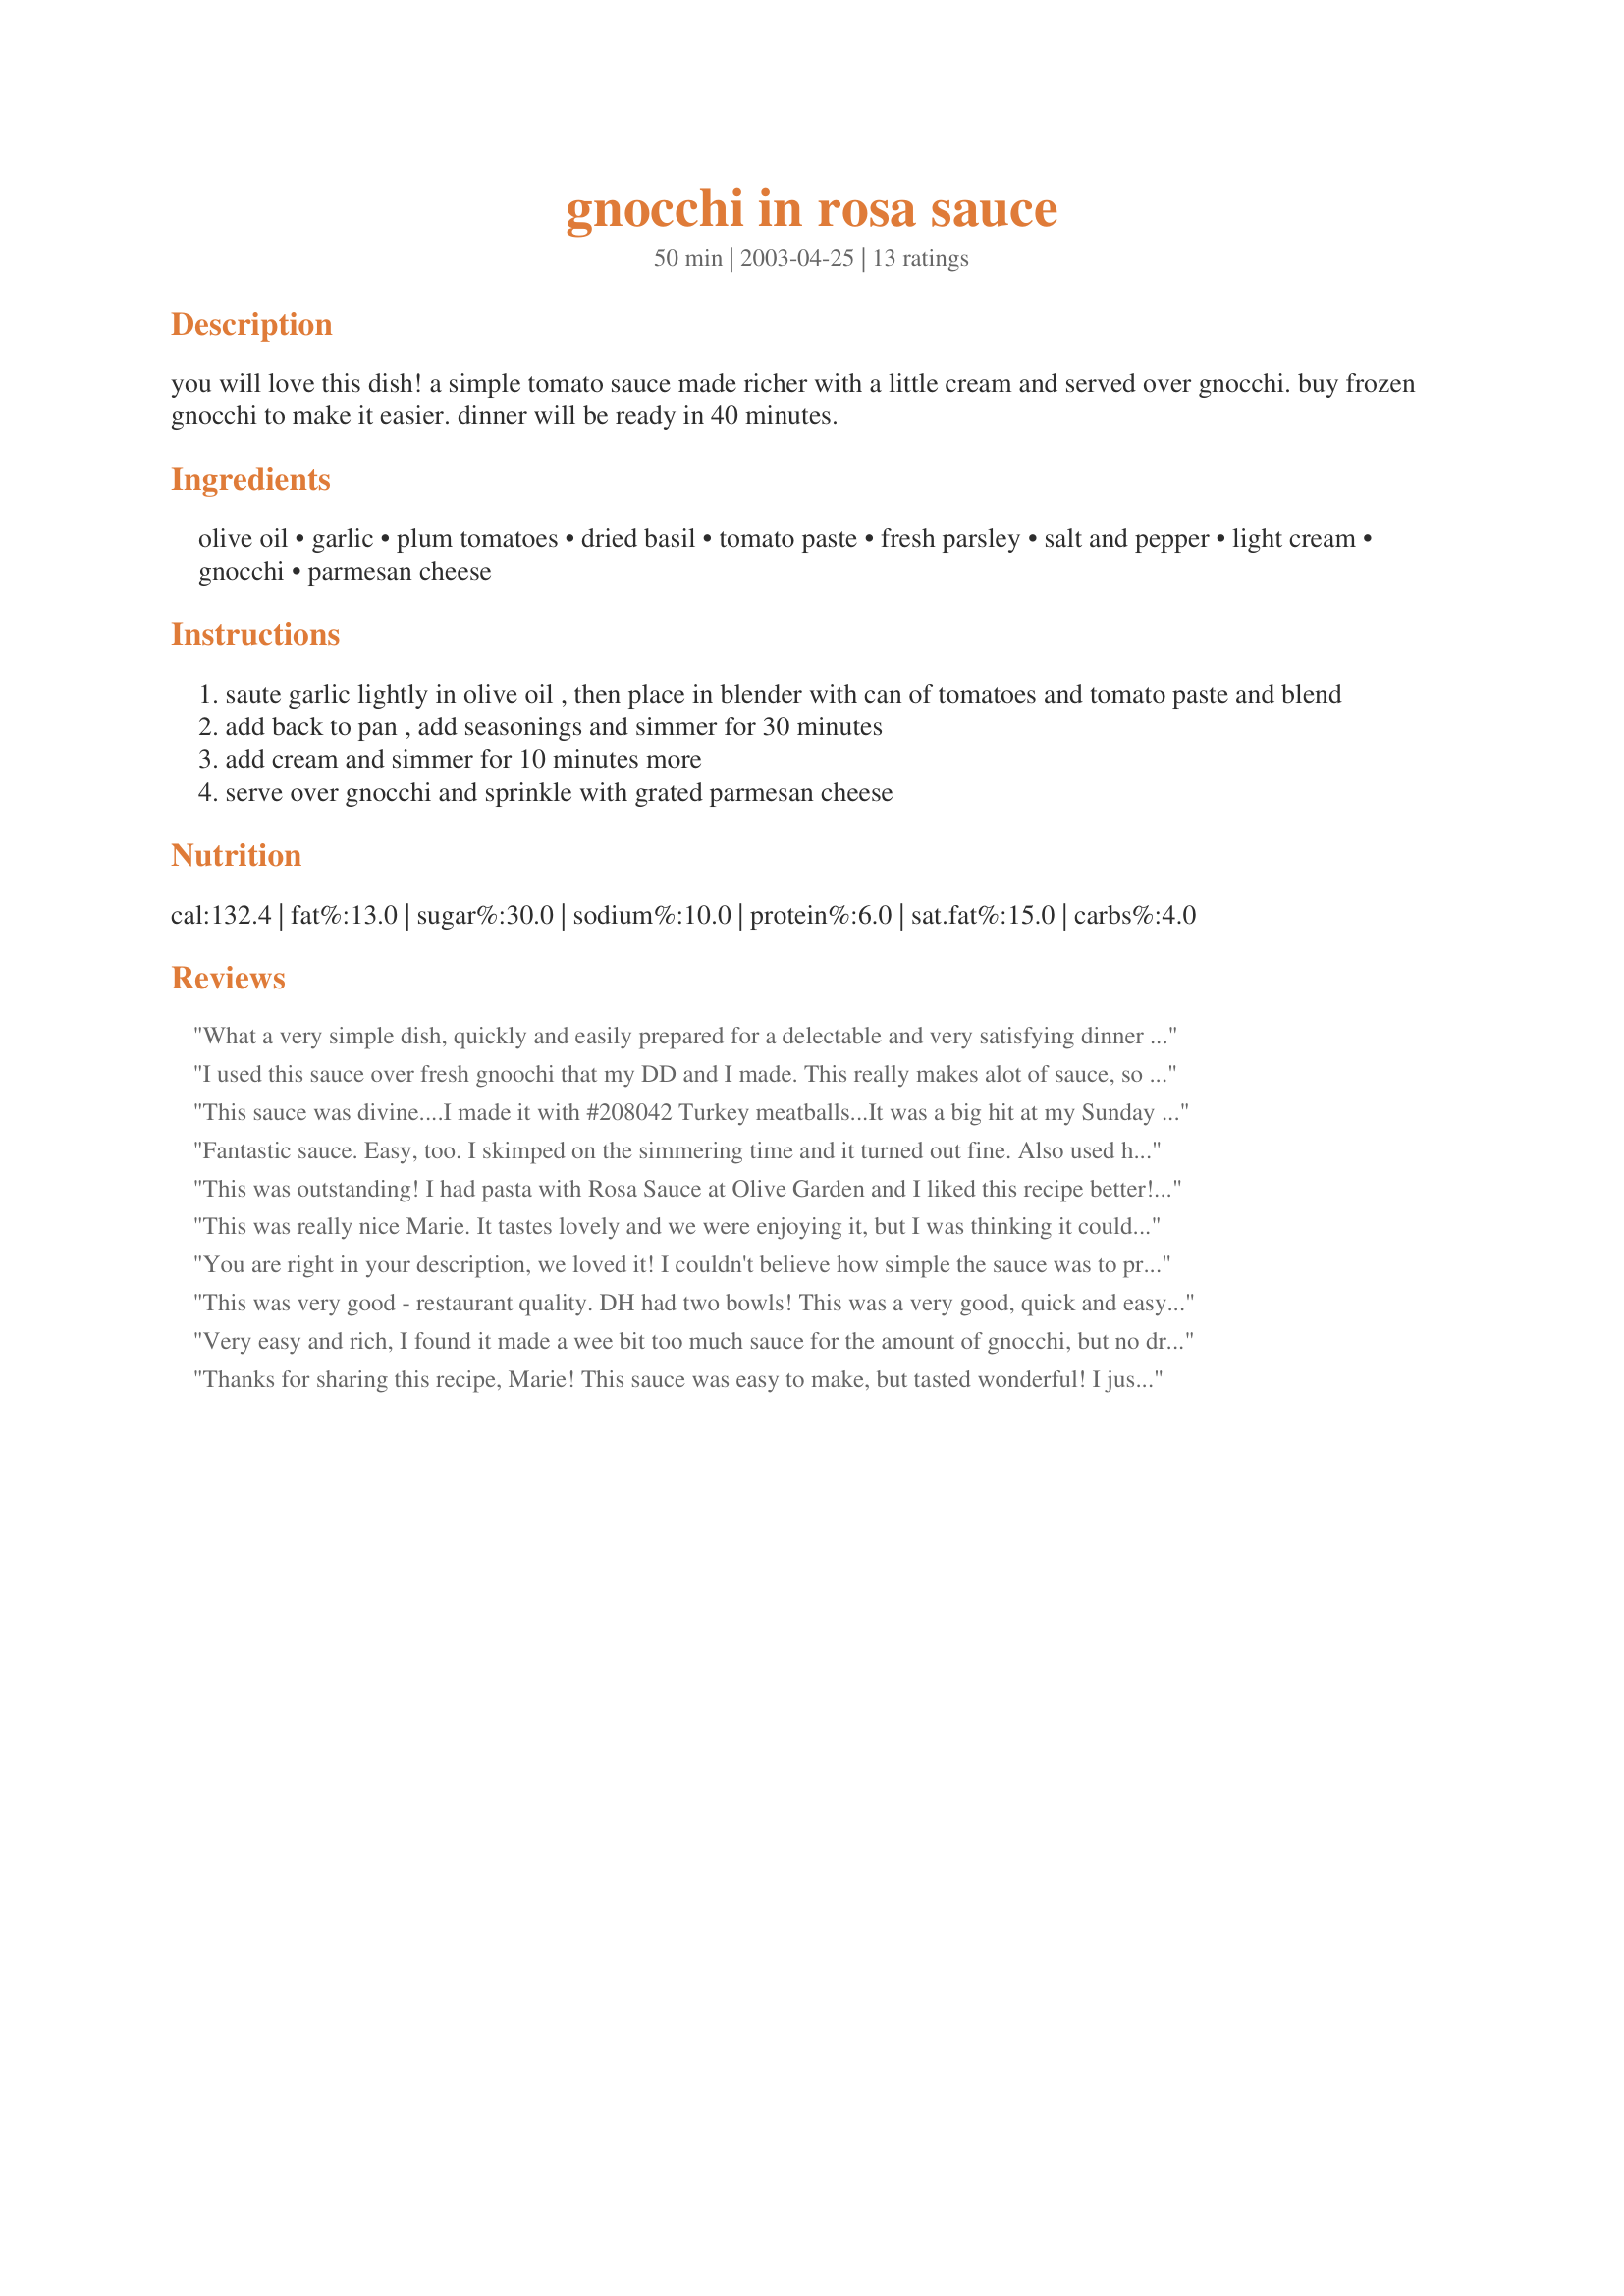
gnocchi in rosa sauce
Preparation time: 50 minutes

you will love this dish! a simple tomato sauce made richer with a little cream and served over gnocchi. buy frozen gnocchi to make it easier. dinner will be ready in 40 minutes.

Ingredients:
olive oil, garlic, plum tomatoes, dried basil, tomato paste, fresh parsley, salt and pepper, light cream, gnocchi, parmesan cheese

Steps:
saute garlic lightly in olive oil , then place in blender with can of tomatoes and tomato paste and blend
add back to pan , add seasonings and simmer for 30 minutes
add cream and simmer for 10 minutes more
serve over gnocchi and sprinkle with grated parmesan cheese

Reviews:
What a very simple dish, quickly and easily prepared for a delectable and very satisfying dinner dish. I used store-bought gnocchi but will use my home-made next time, this dish deserves it! An ample amount of sauce, and I also added a pinch of sugar. Very good recipe, thanks for sharing, made for I Recommend tag game
I used this sauce over fresh gnoochi that my DD and I made. This really makes alot of sauce, so next time, since it is only DH and myself these days, I could cut the recipe in half. Excellent recipe....thanks for the posting!
This sauce was divine....I made it with #208042 Turkey meatballs...It was a big hit at my Sunday dinner for family/friends that I put on every sunday...
Fantastic sauce. Easy, too. I skimped on the simmering time and it turned out fine. Also used heavy cream because that's what I had. Wonderful and quick - especially with the boxed gnocchi I had on hand. Will definitely use this sauce recipe again.
This was outstanding! I had pasta with Rosa Sauce at Olive Garden and I liked this recipe better! I hope to make sun-dried tomatoes in olive oil this summer so that I can cut them up in this wonderful sauce. I also liked that is was so fast and easy to make. I used can milk for the cream and loved it. This is easy to make in a pinch since all ingred. are in my cupboards all of the time. Thanks, Marie, for sharing.
This was really nice Marie.
It tastes lovely and we were enjoying it, but I was thinking it could, you know, use something...then I realized I forgot the salt and pepper!
Added that and absolutely loved this. Smooth and delectable, thank you for your recipe.
You are right in your description, we loved it! I couldn't believe how simple the sauce was to prepare. I loved the sauted garlic! The only change we made was our homemade canned tomatoes. We haven't eaten canned tomatoes in years. I think the next time I'll make my own gnocchi - the sauce deserves it!!! Thank you....
This was very good - restaurant quality. DH had two bowls! This was a very good, quick and easy dinner. Thanks, marie!
Very easy and rich, I found it made a wee bit too much sauce for the amount of gnocchi, but no dramas because I just put it in a jar and froze it for an easy meal when I&#039;m feeling lazy. Thanks for a lovely dinner.
Thanks for sharing this recipe, Marie! This sauce was easy to make, but tasted wonderful! I just couldn't justify using canned sauce on my homemade gnocci (recipe #288096) and we were really pleased with the result. I did add a tablespoon of sugar to reduce the acidity of the tomatoes. Thanks again! :)
Pretty spectacular!
This was a lovely introduction to gnocchi, thank you for posting.
This was good...we made it as a quick dinner on Friday after the end of a long workweek. I used dried basil, substituted fat free half and half for the cream and added 1 cup of green peas. Also, I added a few teaspoons of sugar to decrease the tartness of the tomatoes.
